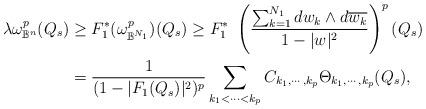
LaTeX: \begin{align*}\lambda \omega^p_{\mathbb{B}^n}(Q_s) & \geq F_1^*(\omega^p_{\mathbb{B}^{N_1}})(Q_s) \geq F_1^*\ \left(\frac{\sum_{k=1}^{N_1} d w_k \wedge d \overline{w_k}}{1-|w|^2}\right)^p (Q_s)\\&= \frac{1}{(1-|F_1(Q_s)|^2)^{p}} \sum_{ k_1 < \cdots < k_p} C_{k_1, \cdots, k_p} \Theta_{k_1, \cdots, k_p}(Q_s),\end{align*}